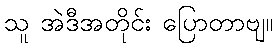
သူ အဲဒီအတိုင်း ပြောတာဗျ။